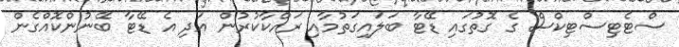
ސްޓެޓިސްޓިކްސް ގެ ގޮތުގައި ޑޭޓާ ބަލައިގަތުމާއި ރައްކާކުރުން އަދި އެ ޑޭޓާ ބޭނުންކޮއްގެން